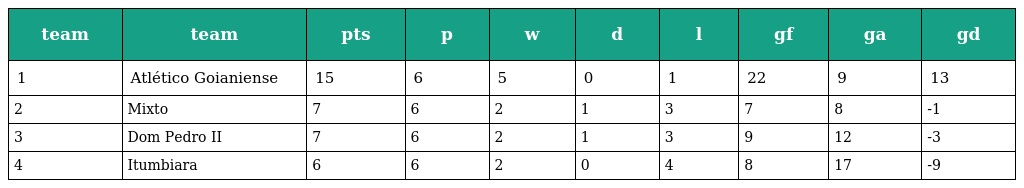
| team | team | pts | p | w | d | l | gf | ga | gd |
 | --- | --- | --- | --- | --- | --- | --- | --- | --- | --- |
 | 1 | Atlético Goianiense | 15 | 6 | 5 | 0 | 1 | 22 | 9 | 13 |
 | 2 | Mixto | 7 | 6 | 2 | 1 | 3 | 7 | 8 | -1 |
 | 3 | Dom Pedro II | 7 | 6 | 2 | 1 | 3 | 9 | 12 | -3 |
 | 4 | Itumbiara | 6 | 6 | 2 | 0 | 4 | 8 | 17 | -9 |